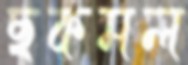
ছকমল